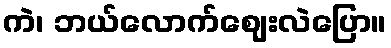
ကဲ၊ ဘယ်လောက်ဈေးလဲပြော။